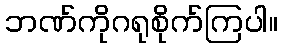
ဘဏ်ကိုဂရုစိုက်ကြပါ။